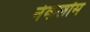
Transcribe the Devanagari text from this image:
नेकलॉस